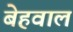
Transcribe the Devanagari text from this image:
बेहवाल